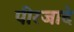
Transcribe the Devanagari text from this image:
पीरजादे